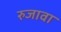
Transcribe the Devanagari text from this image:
रुजावा